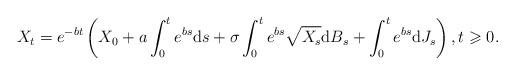
LaTeX: \begin{align*}X_{t}=e^{-bt}\left(X_{0}+a\int_{0}^{t}e^{bs}\mathrm{d}s+\sigma\int_{0}^{t}e^{bs}\sqrt{X_{s}}\mathrm{d}B_{s}+\int_{0}^{t}e^{bs}\mathrm{d}J_{s}\right),t\geqslant0.\end{align*}